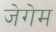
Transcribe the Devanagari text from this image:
जेगेम